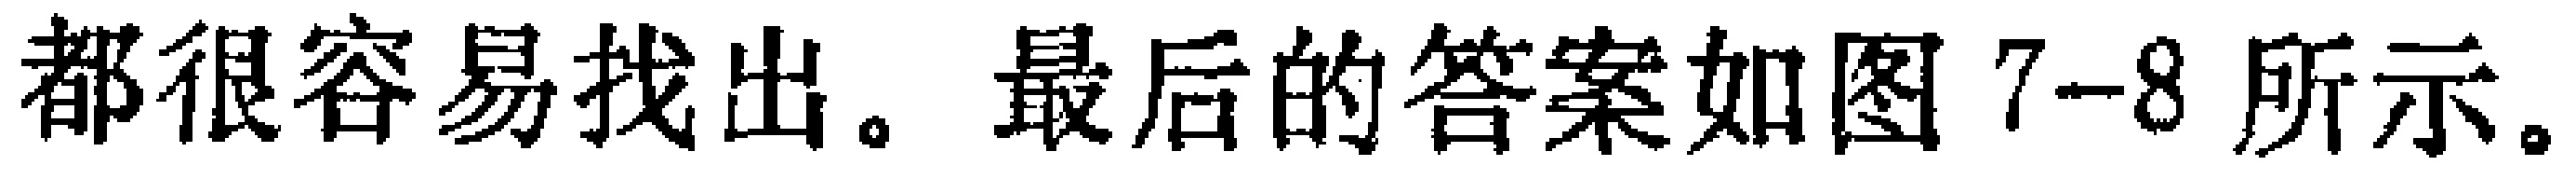
都很容易找出。最后的答案如图7-8所示。